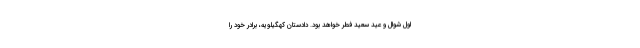
اول شوال و عید سعید فطر خواهد بود. دادستان کهگیلویه، برادر خود را